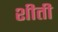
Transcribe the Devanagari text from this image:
शीती